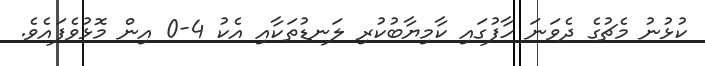
ކުޅުނު މެޗުގެ ދެވަނަ ހާފުގައި ކާމިޔާބުކުރި ލަނޑުތަކާއި އެކު 4-0 އިން މޮޅުވެފައެވެ.